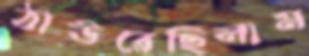
ঠাউরেছিলাম